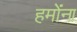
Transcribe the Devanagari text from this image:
हमोंना